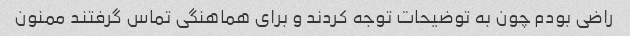
راضی بودم چون به توضیحات توجه کردند و برای هماهنگی تماس گرفتند ممنون